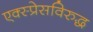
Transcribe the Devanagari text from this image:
एक्स्प्रेसविरुद्ध